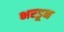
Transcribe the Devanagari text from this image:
भरडून